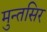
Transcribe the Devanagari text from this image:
मुन्तसिर